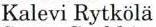
Kalevi Rytkölä